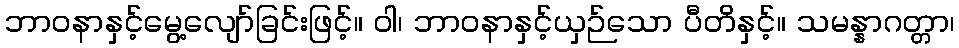
ဘာဝနာနှင့်မွေ့လျော်ခြင်းဖြင့်။ ဝါ၊ ဘာဝနာနှင့်ယှဉ်သော ပီတိနှင့်။ သမန္နာဂတ္တာ၊